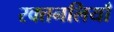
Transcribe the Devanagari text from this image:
रक्तनलियाँ